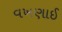
વખણાઈ